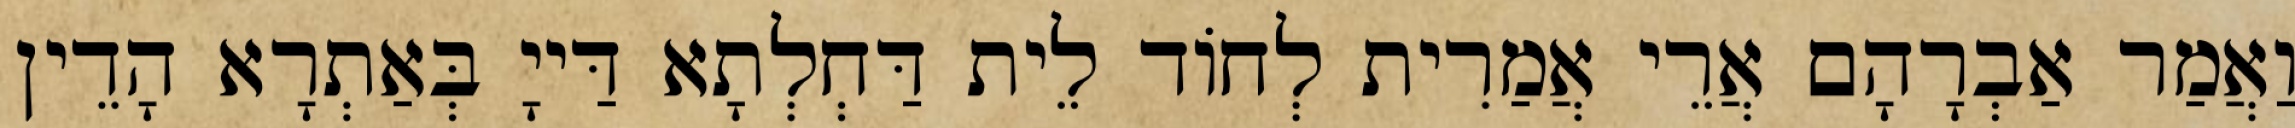
וַאֲמַר אַבְרָהָם אֲרֵי אֲמַרִית לְחוֹד לֵית דַּחְלְתָא דַּייָ בְּאַתְרָא הָדֵין